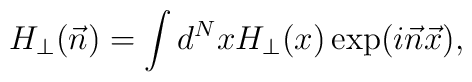
H_{\perp}(\vec{n}) = \int d^{N}x H_{\perp}(x)\exp(i\vec{n}\vec{x}),